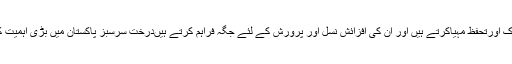
وہ انہیں خوراک اورتحفظ مہیاکرتے ہیں اور ان کی افزائش نسل اور پرورش کے لئے جگہ فراہم کرتے ہیںدرخت سرسبز پاکستان میں بڑی اہمیت کے حامل ہیں۔